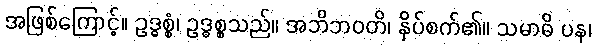
အဖြစ်ကြောင့်။ ဥဒ္ဓစ္စံ၊ ဥဒ္ဓစ္စသည်။ အဘိဘဝတိ၊ နှိပ်စက်၏။ သမာဓိ ပန၊